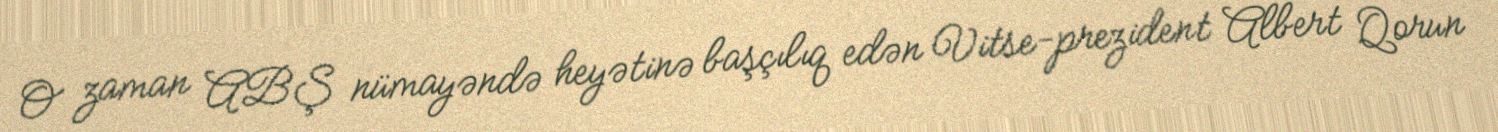
O zaman ABŞ nümayəndə heyətinə başçılıq edən Vitse-prezident Albert Qorun